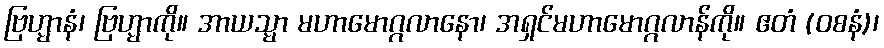
ဗြဟ္မာနံ၊ ဗြဟ္မာကို။ အာယသ္မာ မဟာမောဂ္ဂလာနော၊ အရှင်မဟာမောဂ္ဂလာန်ကို။ ဧတံ (ဝစနံ)၊